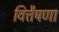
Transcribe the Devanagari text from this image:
वित्तैषणा